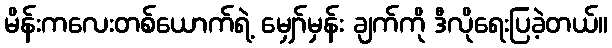
မိန်းကလေးတစ်ယောက်ရဲ့ မျှော်မှန်း ချက်ကို ဒီလိုရေးပြခဲ့တယ်။